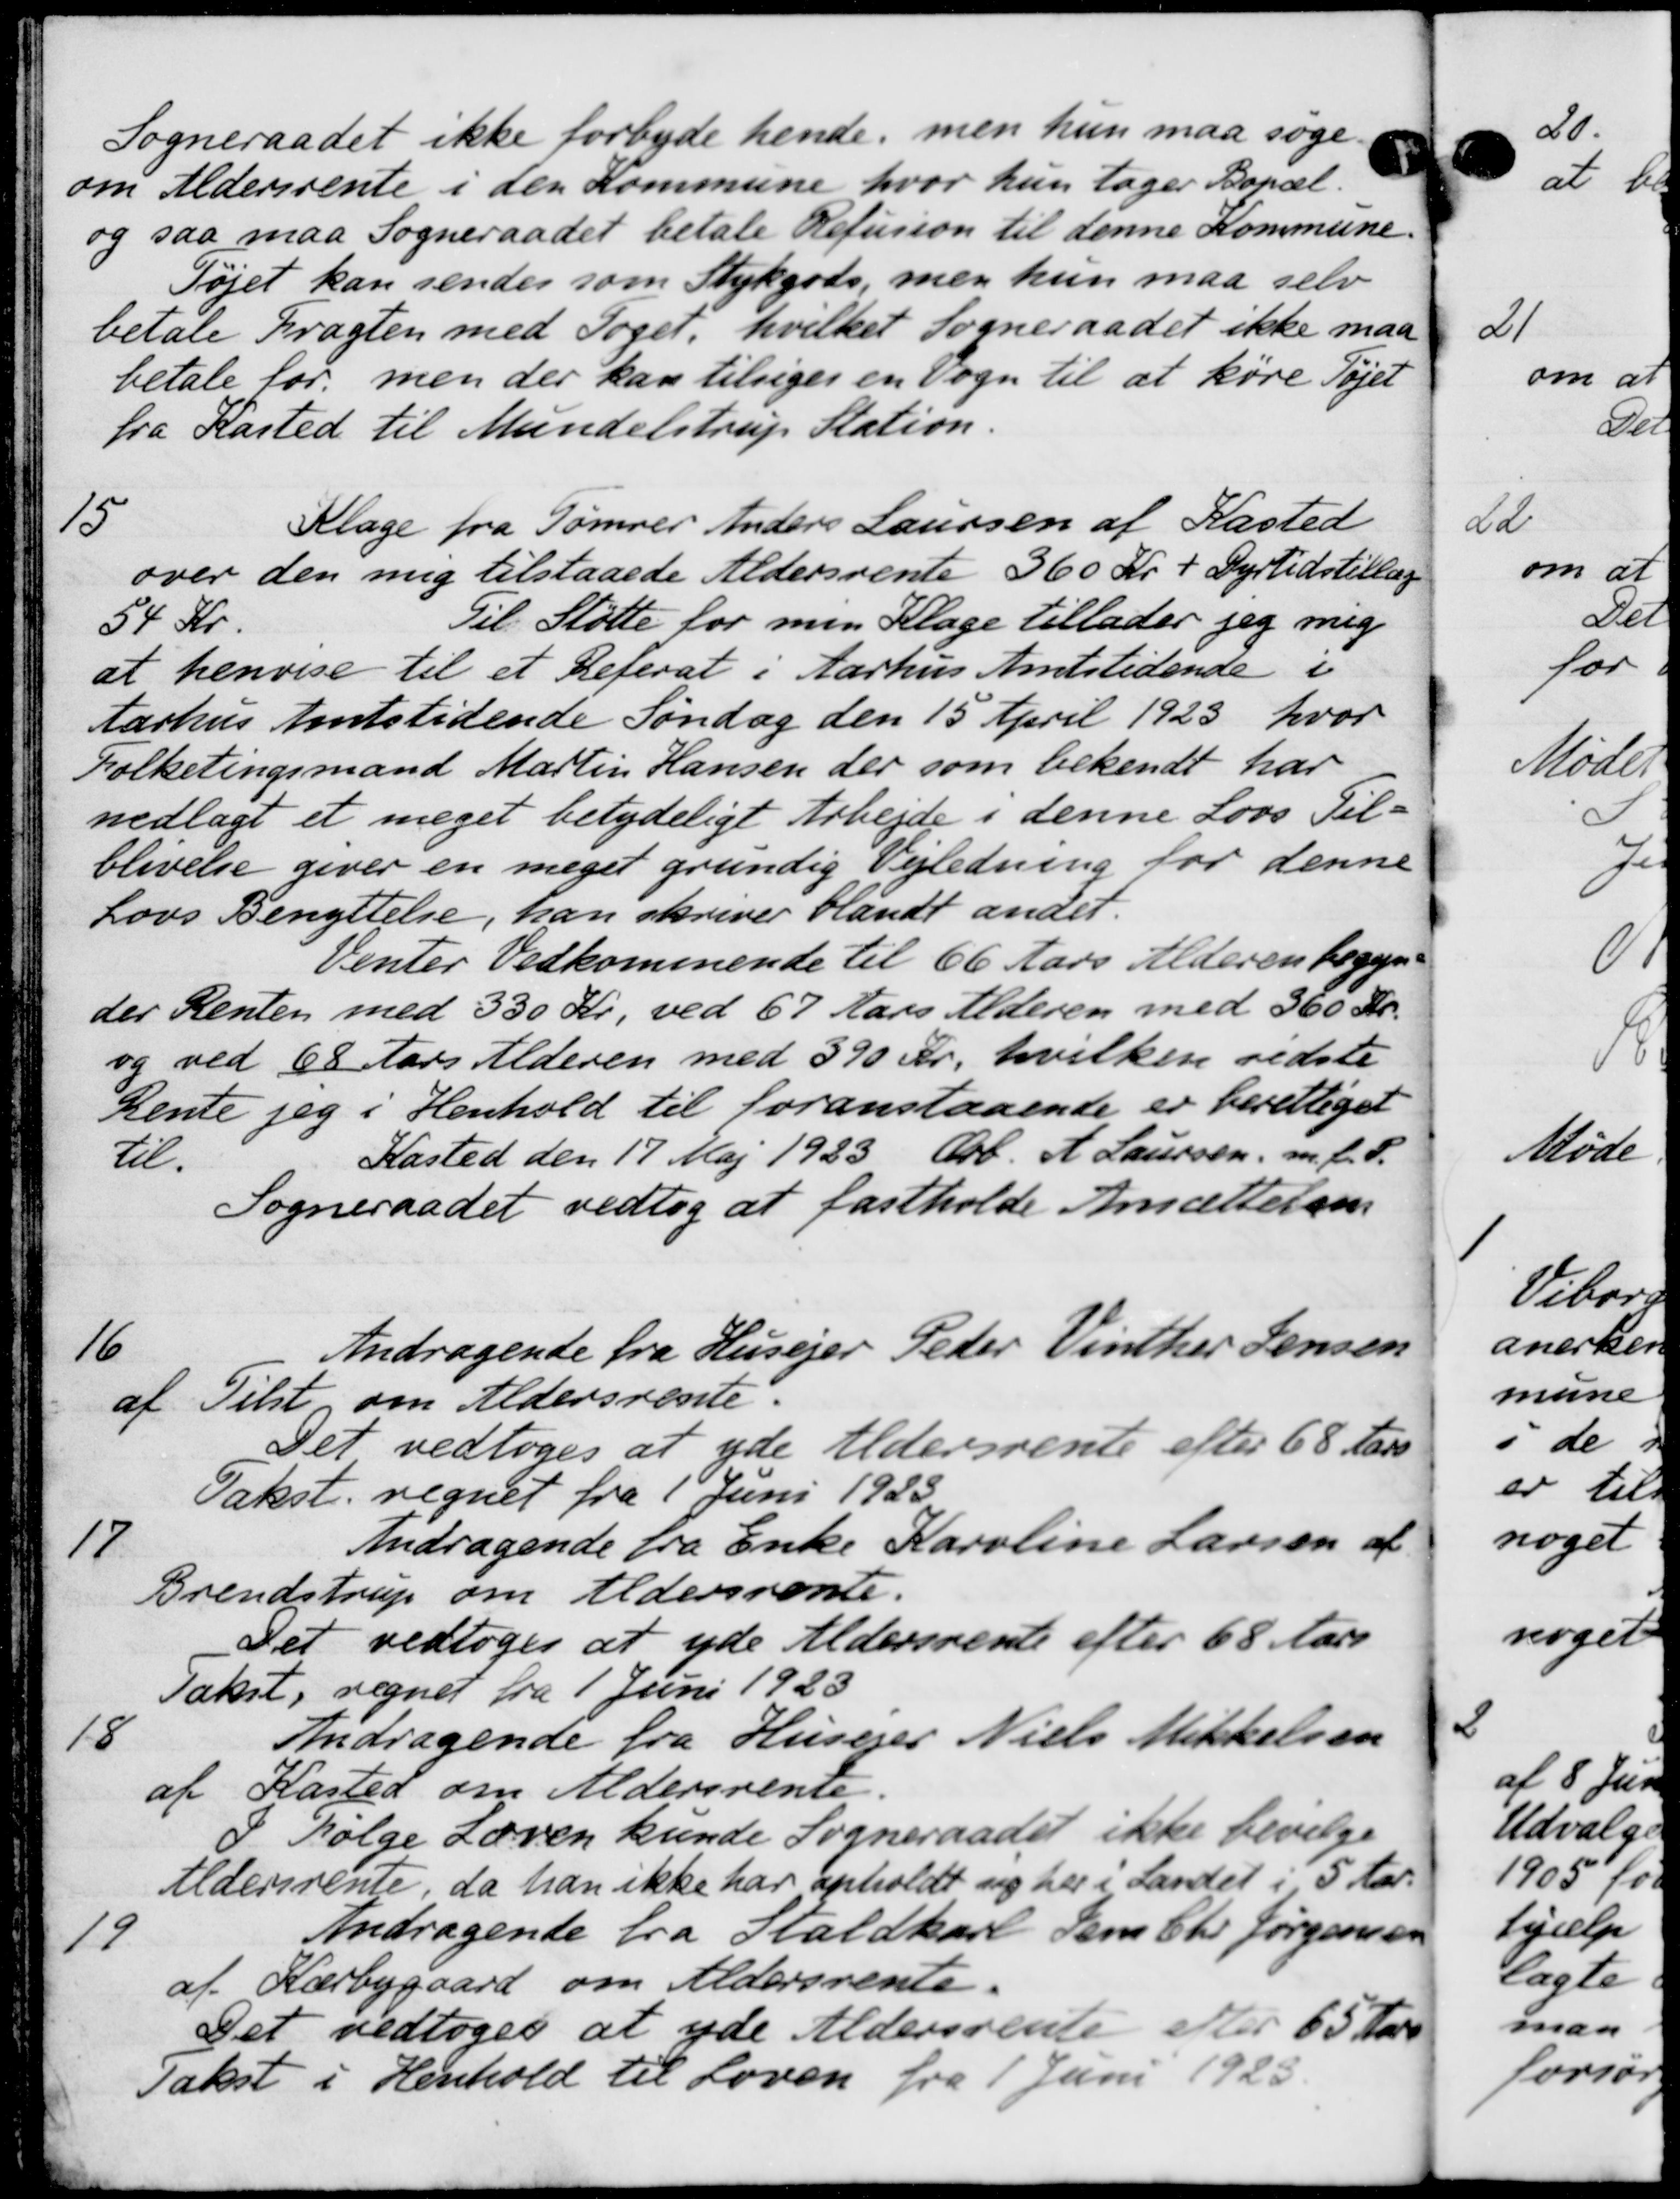
Transskription:
Sogneraadet ikke forbyde hende, men hun maa søge.
om Aldersrente i den Kommune hvor hun tager Bopæl.
og saa maa Sogneraadet betale Refusion til denne Kommune.
Tøjet kan sendes som Stykgøds, men kun maa selv
betale Fragten med Taget, hvilket Sogneraadet ikke maa
betale for, men der kan tilsiges en Vogn til at køre Tøjet
fra Kasted til Mundelstrup Station.
15
Klage fra Tømrer Anders Laursen af Kasted
over den mig tilstaaede Aldersrente 360 Kr. + Dyrtidstillæg
54 Kr.
Til Støtte for min Klage tillader jeg mig
at henvise til et Referat i Aarhus Amtstidende i
Aarhus Amtstidende Søndag den 15 April 1923 hvor
Folketingsmand Martin Hansen der som bekendt har
nedlagt et meget betydeligt Arbejde i denne Lovs Til-
blivelse giver en meget grundig Vejledning for denne
Lovs Benyttelse, han skriver blandt andet.
Venter Vedkommende til 66 Aars Alderen begyn-
der Renten med 330 Kr. ved 67 Aars Alderen med 360 Kr.
og ved 68 Aars Alderen med 590 Kr. hvilken sidste
Rente jeg i Henhold til foranstaaende er berettiget
til.
Kasted den 17 Maj 1923 Arb. A. Laursen, m. f. S.
Sogneraadet vedtog at fastholde Ansættelsen
16
Andragende fra Husejer Peder Vinther Jensen
af Tilst, om Aldersrente.
Det vedtoges at yde Aldersrente efter 68 Aars
Takst regnet fra 1' Juni 1923
17.
Andragende fra Enke Karoline Larsen af
Brendstrup om Aldersrente.
Det vedtoges at yde Aldersrente efter 68 Aars
Takst, regnet fra 1 Juni 1923
18
Andragende fra Husejer Niels Mikkelsen
af Kasted om Aldersrente.
Følge Loven kunde Sogneraadet ikke bevilge
Aldersrente, da han ikke har opholdt sig her i Landet i 5 Aar.
19
Andragende fra Staldkarl Jens Chr Jørgensen
af Kærbygaard om Aldersrente.
Det vedtoges at yde Aldersrente efter 65 Aars
Takst i Henhold til Loven fra 1 Juni 1923.